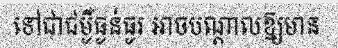
ទៅជាជម្ងឺធ្ងន់ធ្ងរ អាចបណ្តាលឱ្យមាន